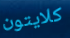
كلايتون